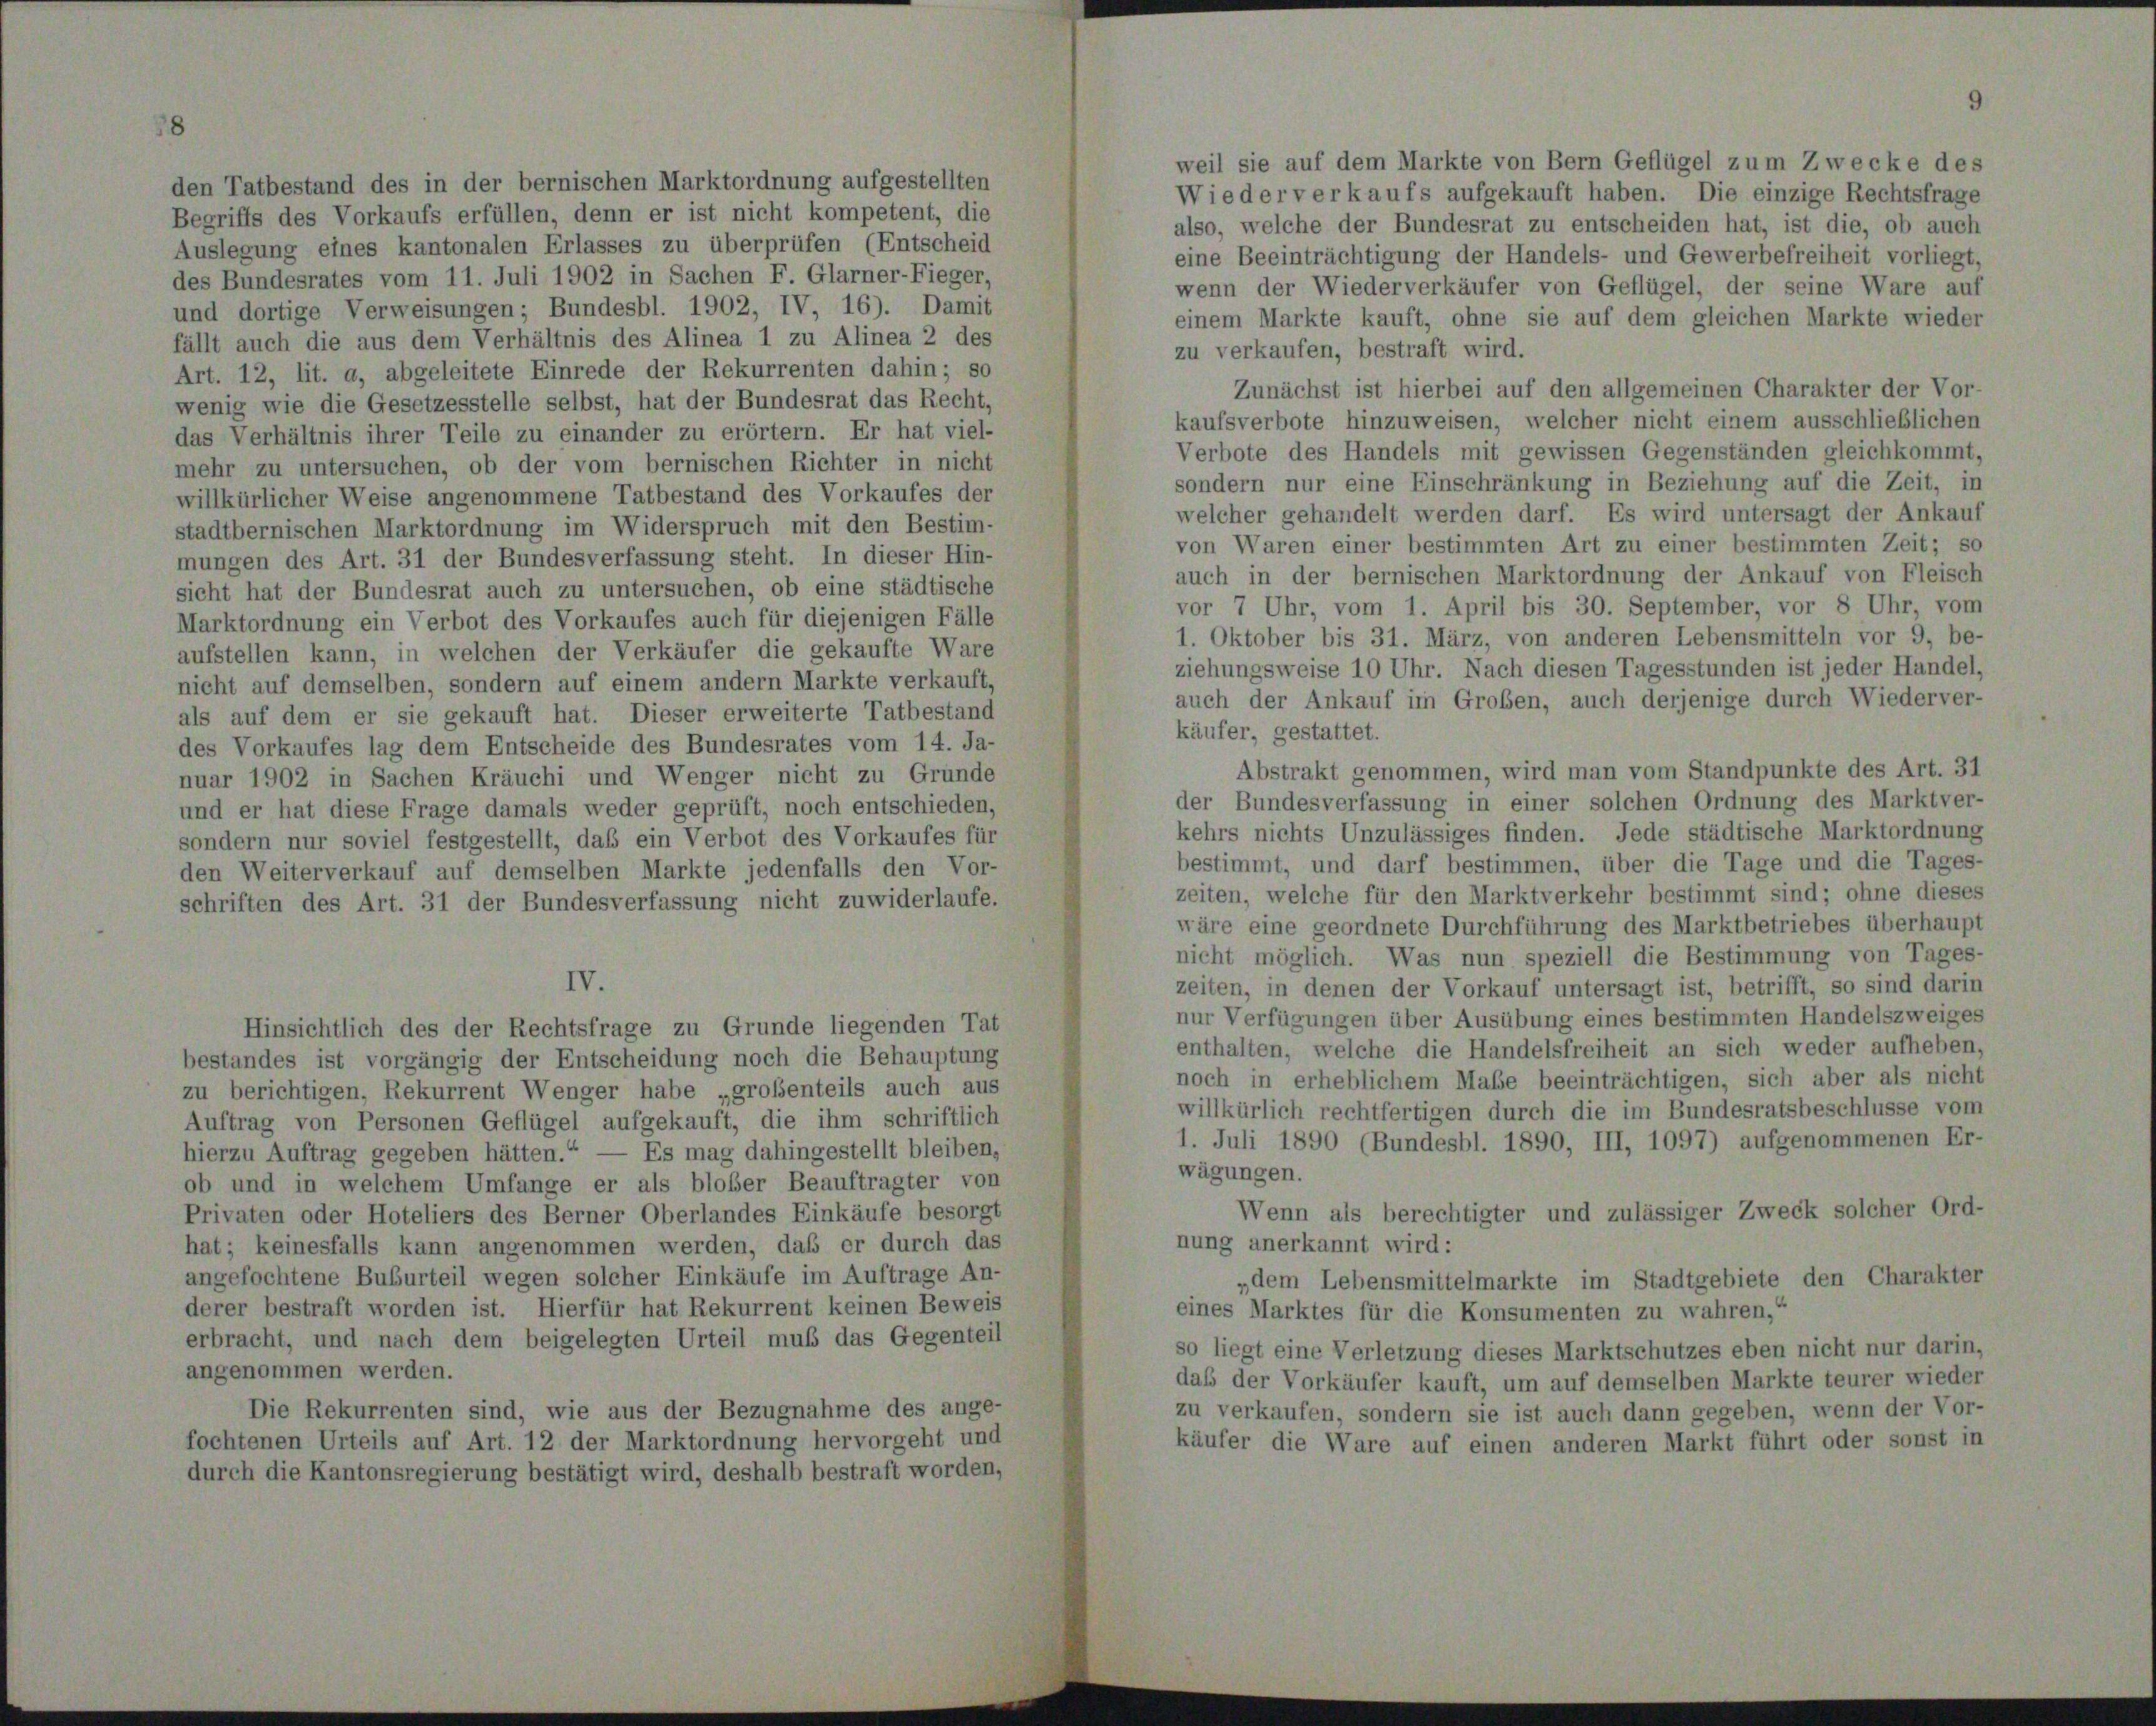
A Be

1

el zu

Zwer

e G

in Tatbestand des in der bernischen Marktordnung aufgestellten
Wiederverkaufs aufgekauft haben. Die einzige Rechtsfrage
griffs des Vorkaufs erfüllen, denn er ist nicht kompetent, die
also, welche der Bundesrat zu entscheiden hat, ist die, ob auch
uslegung eines kantonalen Erlasses zu überprüfen (Entscheid
eine Beeinträchtigung der Handels- und Gewerbefreiheit vorliegt,
s Bundesrates vom 11. Juli 1902 in Sachen F. Glarner-Fieger,
wenn der Wiederverkäufer von Geflügel, der seine Ware auf
d dortige Verweisungen; Bundesbl. 1902, IV, 16). Damit
einem Markte kauft, ohne sie auf dem gleichen Markte wieder
Ilt auch die aus dem Verhältnis des Alinea 1 zu Alinea 2 des
zu verkaufen, bestraft wird.
t. 12, lit. a, abgeleitete Einrede der Rekurrenten dahin; so
Zunächst ist hierbei auf den allgemeinen Charakter der Vor-
nig wie die Gesetzesstelle selbst, hat der Bundesrat das Recht,
kaufsverbote hinzuweisen, welcher nicht einem ausschließlichen
s Verhältnis ihrer Teile zu einander zu erörtern. Er hat viel-
Verbote des Handels mit gewissen Gegenständen gleichkommt,
ehr zu untersuchen, ob der vom bernischen Richter in nicht
sondern nur eine Einschränkung in Beziehung auf die Zeit, in
llkürlicher Weise angenommene Tatbestand des Vorkaufes der
welcher gehandelt werden darf. Es wird untersagt der Ankauf
dtbernischen Marktordnung im Widerspruch mit den Bestim-
von Waren einer bestimmten Art zu einer bestimmten Zeit; so
lungen des Art. 31 der Bundesverfassung steht. In dieser Hin-
auch in der bernischen Marktordnung der Ankauf von Fleisch
ht hat der Bundesrat auch zu untersuchen, ob eine städtische
vor 7 Uhr, vom 1. April bis 30. September, vor 8 Uhr, vom
arktordnung ein Verbot des Vorkaufes auch für diejenigen Fälle
1. Oktober bis 31. März, von anderen Lebensmitteln vor 9, be-
ifstellen kann, in welchen der Verkäufer die gekaufte Ware
ziehungsweise 10 Uhr. Nach diesen Tagesstunden ist jeder Handel,
cht auf demselben, sondern auf einem andern Markte verkauft,
auch der Ankauf im Großen, auch derjenige durch Wiederver-
s auf dem er sie gekauft hat. Dieser erweiterte Tatbestand
käufer, gestattet.
es Vorkaufes lag dem Entscheide des Bundesrates vom 14. Ja-
Abstrakt genommen, wird man vom Standpunkte des Art. 31
uar 1902 in Sachen Kräuchi und Wenger nicht zu Gründe
der Bundesverfassung in einer solchen Ordnung des Marktver-
ad er hat diese Frage damals weder geprüft, noch entschieden,
kehrs nichts Unzulässiges finden. Jede städtische Marktordnung
ndern nur soviel festgestellt, daß ein Verbot des Vorkaufes für
bestimmt, und darf bestimmen, über die Tage und die Tages-
en Weiterverkauf auf demselben Markte jedenfalls den Vor-
zeiten, welche für den Marktverkehr bestimmt sind; ohne dieses
hriften des Art. 31 der Bundesverfassung nicht zuwiderlaufe.
wäre eine geordnete Durchführung des Marktbetriebes überhaupt
nicht möglich. Was nun speziell die Bestimmung von Tages-
IV.
zeiten, in denen der Vorkauf untersagt ist, betrifft, so sind darin
nur Verfügungen über Ausübung eines bestimmten Handelszweiges
Hinsichtlich des der Rechtsfrage zu Grunde liegenden Tat
enthalten, welche die Handelsfreiheit an sich weder aufheben,
estandes ist vorgängig der Entscheidung noch die Behauptung
noch in erheblichem Maße beeinträchtigen, sich aber als nicht
i berichtigen, Rekurrent Wenger habe „großenteils auch aus
willkürlich rechtfertigen durch die im Bundesratsbeschlüsse vom
uftrag von Personen Geflügel aufgekauft, die ihm schriftlich
1. Juli 1890 (Bundesbl. 1890, III, 1097) aufgenommenen Er-
Es mag dahingestellt bleiben,
ierzu Auftrag gegeben hätten.“
wägungen.
b und in welchem Umfange er als bloßer Beauftragter von
Wenn als berechtigter und zulässiger Zweck solcher Ord-
rivaten oder Hoteliers des Berner Oberlandes Einkäufe besorgt
nung anerkannt wird:
at; keinesfalls kann angenommen werden, daß er durch das
ngefochtene Buburteil wegen solcher Einkäufe im Auftrage An-
„dem Lebensmittelmarkte im Stadtgebiete den Charakter
erer bestraft worden ist. Hierfür hat Rekurrent keinen Beweis
eines Marktes für die Konsumenten zu wahren,“
rbracht, und nach dem beigelegten Urteil muß das Gegenteil
so liegt eine Verletzung dieses Marktschutzes eben nicht nur darin,
ngenommen werden.
daß der Vorkäufer kauft, um auf demselben Markte teurer wieder
Die Rekurrenten sind, wie aus der Bezugnahme des ange-
zu verkaufen, sondern sie ist auch dann gegeben, wenn der Vor-
ochtenen Urteils auf Art. 12 der Marktordnung hervorgeht und
käufer die Ware auf einen anderen Markt führt oder sonst in
urch die Kantonsregierung bestätigt wird, deshalb bestraft worden,